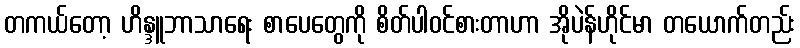
တကယ်တော့ ဟိန္ဒူဘာသာရေး စာပေတွေကို စိတ်ပါဝင်စားတာဟာ အိုပဲန်ဟိုင်မာ တယောက်တည်း